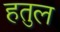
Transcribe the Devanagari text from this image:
हतुल